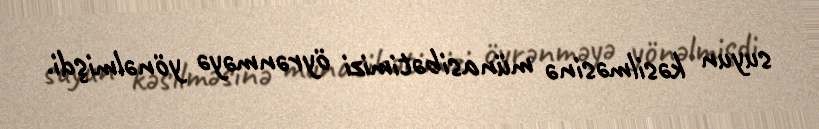
suyun kəsilməsinə münasibətimizi öyrənməyə yönəlmişdi.